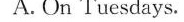
A. On Tuesdays.